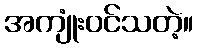
အကျုံးဝင်သတဲ့။